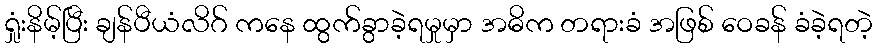
ရှုံးနိမ့်ပြီး ချန်ပီယံလိဂ် ကနေ ထွက်ခွာခဲ့ရမှုမှာ အဓိက တရားခံ အဖြစ် ဝေခန် ခံခဲ့ရတဲ့